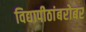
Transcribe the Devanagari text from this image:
विद्यापीठांबरोबर